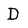
Character: D